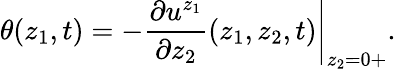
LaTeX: \theta(z_{1},t)=-\left.\frac{\partial u^{z_{1}}}{\partial z_{2}}(z_{1},z_{2},t)\right|_{z_{2}=0+}.